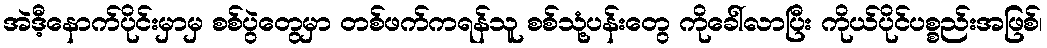
အဲဒီ့နောက်ပိုင်းမှာမှ စစ်ပွဲတွေမှာ တစ်ဖက်ကရန်သူ စစ်သုံ့ပန်းတွေ ကိုခေါ်လာပြီး ကိုယ်ပိုင်ပစ္စည်းအဖြစ်၊